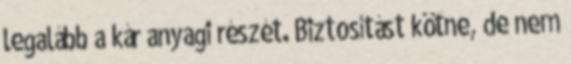
legalább a kár anyagi részét. Biztosítást kötne, de nem